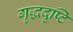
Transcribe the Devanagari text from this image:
गृद्धदृष्टि